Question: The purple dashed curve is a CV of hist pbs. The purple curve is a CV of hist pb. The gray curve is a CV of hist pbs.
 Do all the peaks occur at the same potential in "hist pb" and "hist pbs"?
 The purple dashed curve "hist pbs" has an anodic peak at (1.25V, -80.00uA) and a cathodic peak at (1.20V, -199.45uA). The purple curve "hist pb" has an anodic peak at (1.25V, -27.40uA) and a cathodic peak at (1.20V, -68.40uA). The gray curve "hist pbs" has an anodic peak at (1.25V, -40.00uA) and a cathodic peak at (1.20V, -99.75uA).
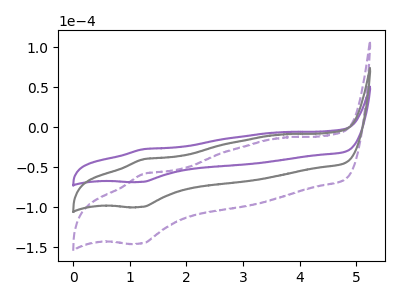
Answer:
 <answer>Yes, "hist pb" have a peak in "hist pbs" at the same potential.</answer>
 <eval>match</eval>